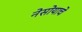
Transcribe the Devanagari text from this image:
नेसोयाचे